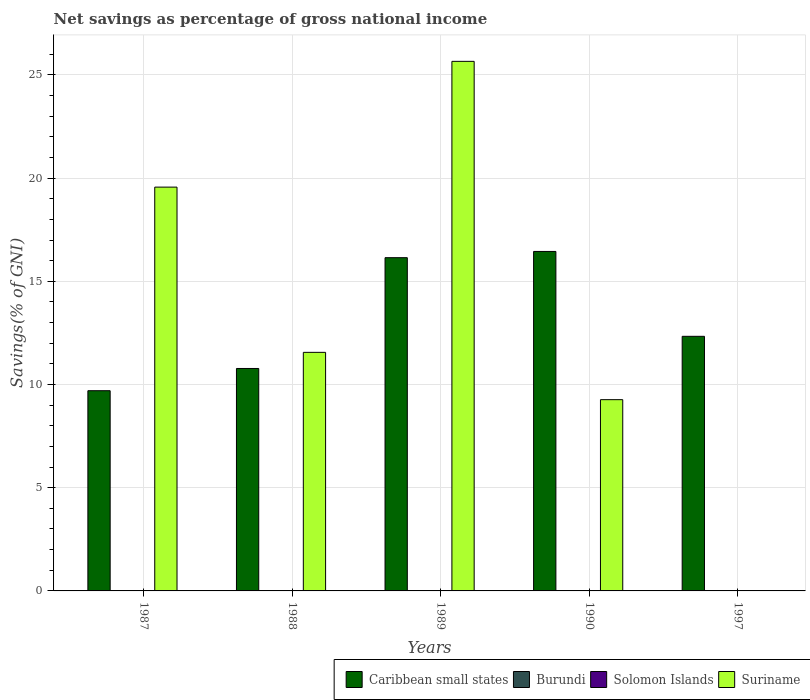
| Years | Caribbean small states | Burundi | Solomon Islands | Suriname |
 | --- | --- | --- | --- | --- |
 | 1987 | 9.7 | -1.48 | -33.6 | 19.6 |
 | 1988 | 10.8 | -7.59 | -40.6 | 11.6 |
 | 1989 | 16.1 | -1.75 | -65.2 | 25.7 |
 | 1990 | 16.4 | -7.66 | -58.9 | 9.27 |
 | 1997 | 12.3 | -10.7 | -23.2 | -2.89 |